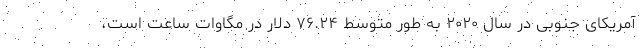
آمریکای جنوبی در سال ۲۰۲۰ به طور متوسط ۷۶.۲۴ دلار در مگاوات ساعت است،